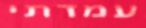
עמדתי